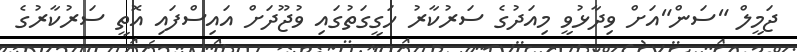
ޖަމީލް "ސަން"އަށް ވިދާޅުވީ މިއަދުގެ ސަރުކާރު ހަގީގަތުގައި ވުޖޫދަށް އައިސްފައި އޮތީ ސަރުކާރުގެ